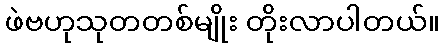
ဖဲဗဟုသုတတစ်မျိုး တိုးလာပါတယ်။